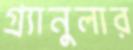
গ্র্যানুলার